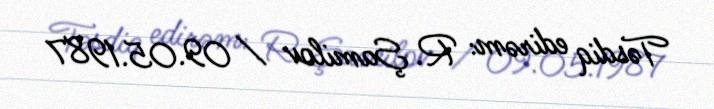
Təsdiq edirəm: R. Şamilov / 09.05.1987